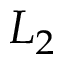
L _ { 2 }